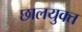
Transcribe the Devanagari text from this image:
छालयुक्त